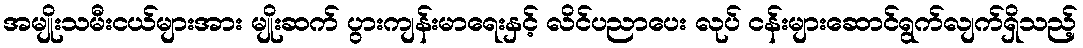
အမျိုးသမီးငယ်များအား မျိုးဆက် ပွားကျန်းမာရေးနှင့် လိင်ပညာပေး လုပ် ငန်းများဆောင်ရွက်လျက်ရှိသည့်